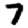
Digit: 7